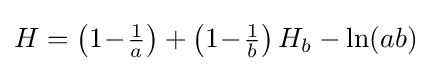
H=\left(1\!-\!{\tfrac {1}{a}}\right)+\left(1\!-\!{\tfrac {1}{b}}\right)H_{b}-\ln(ab)